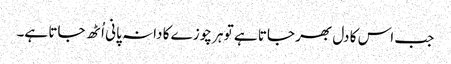
جب اس کا دل بھر جاتا ہے تو ہر چوزے کا دانہ پانی اُٹھ جاتا ہے۔